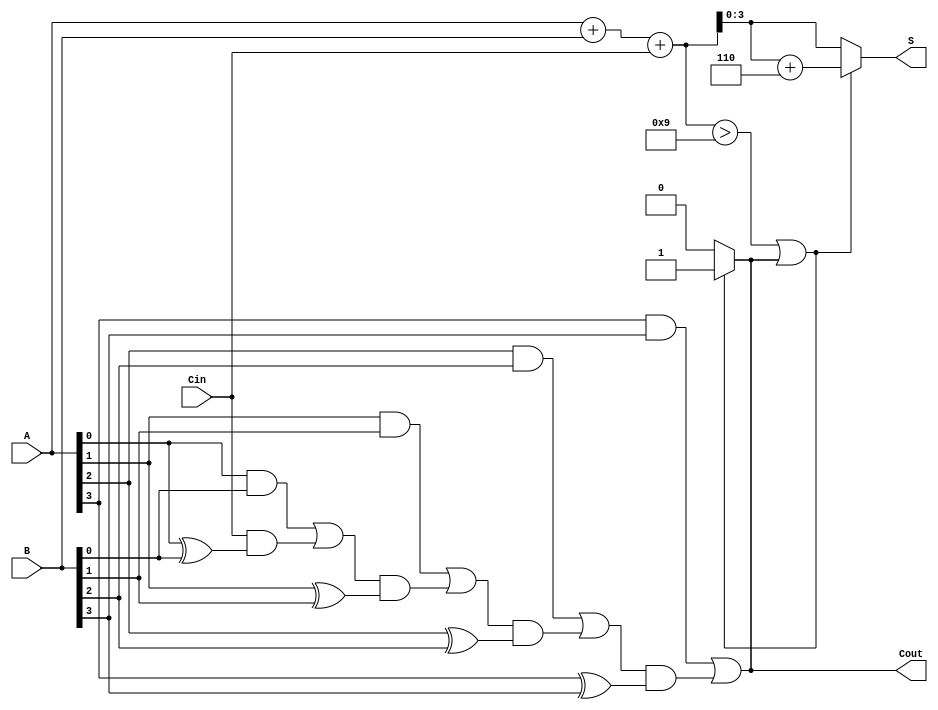
module BCD_Carry_Lookahead_Adder (
    input [3:0] A,       // First BCD digit
    input [3:0] B,       // Second BCD digit
    input Cin,           // Carry input
    output reg [3:0] S,  // BCD sum output
    output reg Cout      // Carry output
);

    wire [4:0] sum;      // Intermediate sum (5 bits to accommodate carry)
    wire [4:0] carry;    // Carry signals

    // Step 1: Calculate initial sum using binary addition
    assign sum = A + B + Cin;

    // Step 2: Generate carry signals
    assign carry[0] = (A[0] & B[0]) | (Cin & (A[0] ^ B[0]));
    assign carry[1] = (A[1] & B[1]) | (carry[0] & (A[1] ^ B[1]));
    assign carry[2] = (A[2] & B[2]) | (carry[1] & (A[2] ^ B[2]));
    assign carry[3] = (A[3] & B[3]) | (carry[2] & (A[3] ^ B[3]));
    assign Cout = carry[3];

    // Step 3: BCD correction logic
    always @(*) begin
        if (sum > 9 || Cout) begin
            S = sum + 6; // Add 6 for BCD correction
            Cout = 1;    // Set carry out
        end else begin
            S = sum[3:0]; // Use lower 4 bits as sum
            Cout = 0;     // No carry out
        end
    end

endmodule